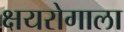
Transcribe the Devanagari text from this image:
क्षयरोगाला